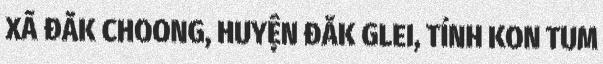
XÃ ĐẮK CHOONG, HUYỆN ĐẮK GLEI, TỈNH KON TUM